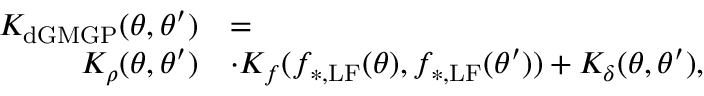
\begin{array} { r l } { K _ { \mathrm { d G M G P } } ( \boldsymbol { \theta } , \boldsymbol { \theta } ^ { \prime } ) } & { = } \\ { K _ { \rho } ( \boldsymbol { \theta } , \boldsymbol { \theta } ^ { \prime } ) } & { \cdot K _ { f } ( f _ { \mathrm { * , L F } } ( \boldsymbol { \theta } ) , f _ { \mathrm { * , L F } } ( \boldsymbol { \theta } ^ { \prime } ) ) + K _ { \delta } ( \boldsymbol { \theta } , \boldsymbol { \theta } ^ { \prime } ) , } \end{array}